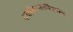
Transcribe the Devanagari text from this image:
पर्यावरणाविषयीच्या